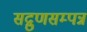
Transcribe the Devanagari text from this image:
सद्गुणसम्पन्न